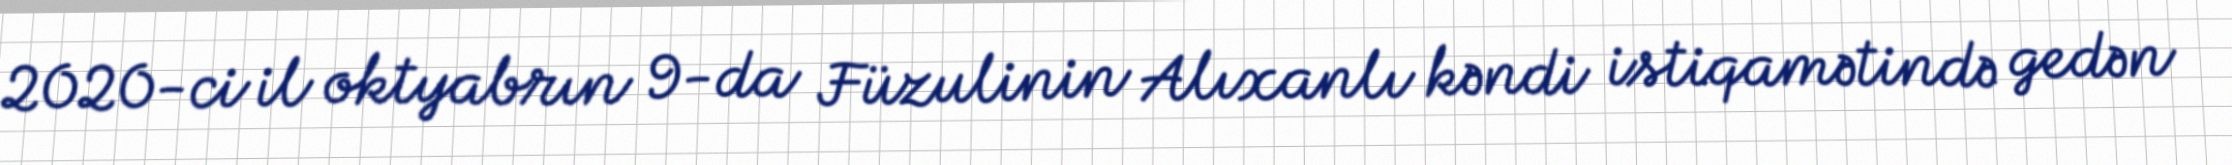
2020-ci il oktyabrın 9-da Füzulinin Alıxanlı kəndi istiqamətində gedən